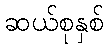
ဆယ်စုနှစ်